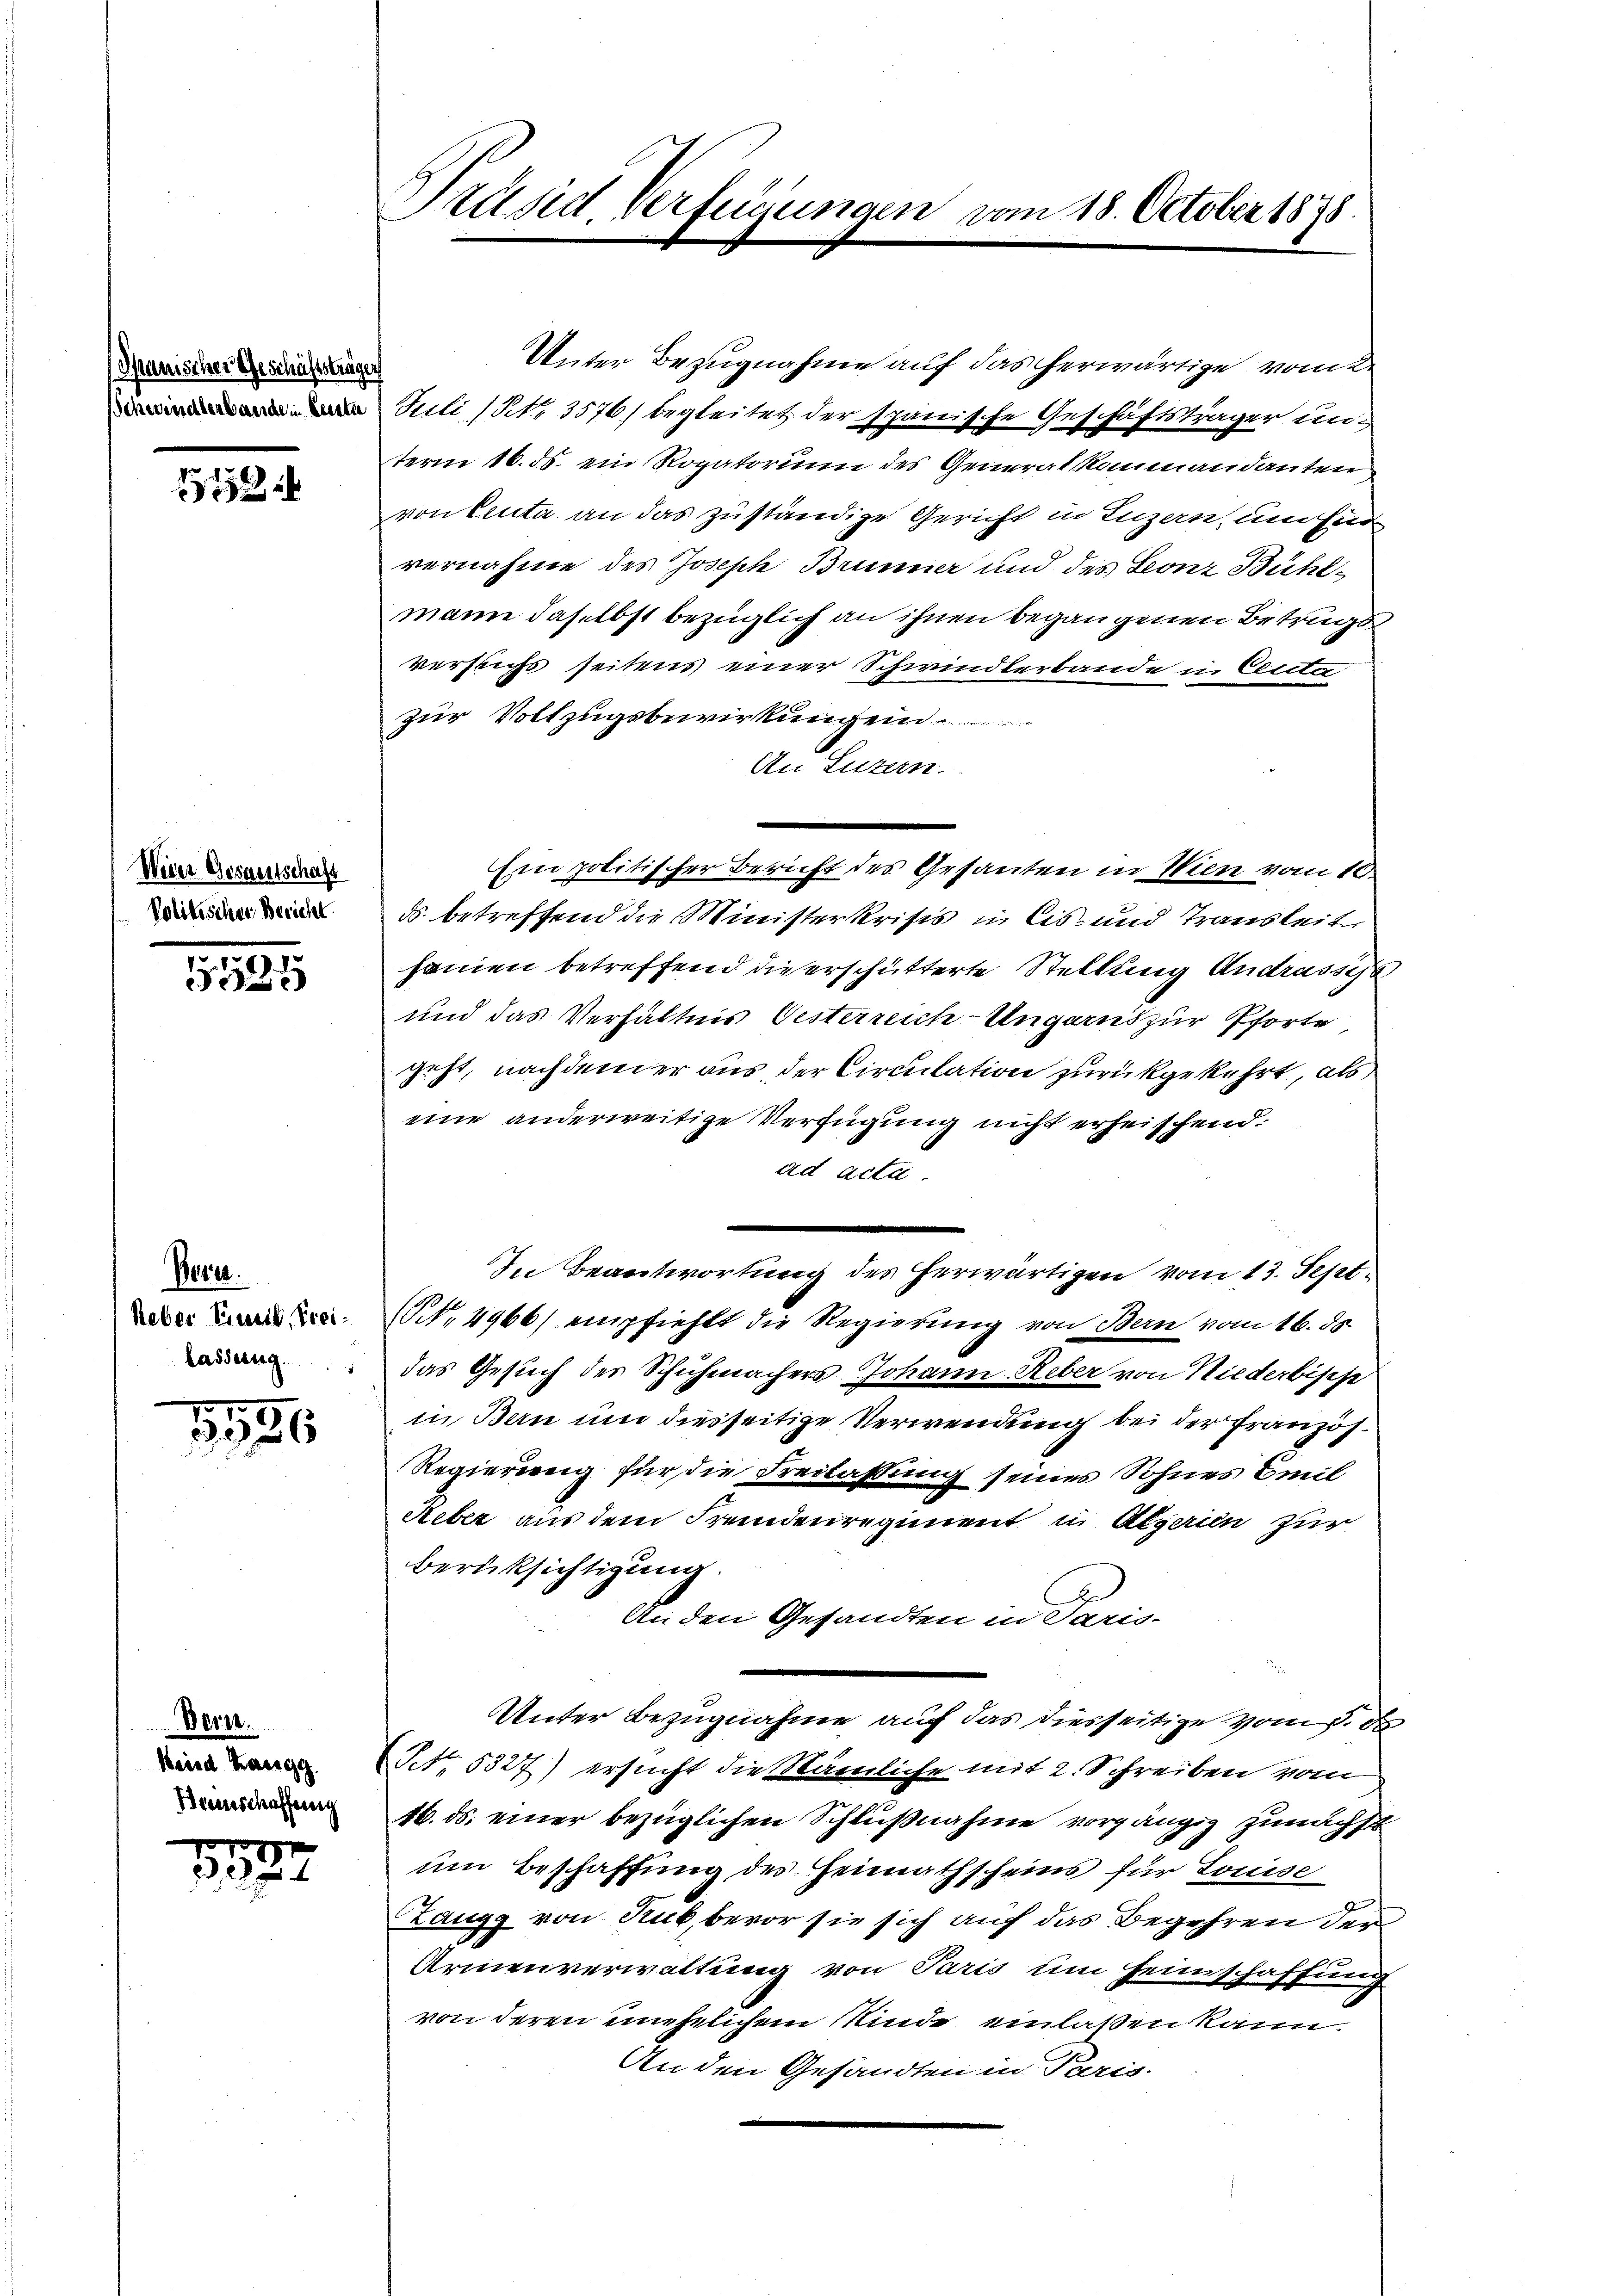
Spanischer Geschäftsträge

1

Wiene Gesantschaft
Politischer Bericht

1527

Bere
heber Einrit, Frei¬
Lassertag.

1596

Bern.
Keind Kassag
Beeinschaffung

1577

Präsid. Verfügungen vom 18. October 1878.

Unter Bezugnahme auf das herwärtige vom 2.
 Juli (S. 3576) begleitet der spanische Geschäftsträger un-
term 16. ds. ein Rogatorium des Generalkommandanten
von Einta an das zuständige Gericht in Luzern, um sind
vernahme des Joseph Brünner und des Leonz Bühlmann daselbst bezüglich an ihnen begangenen Betrugs
versicht seitens einer Schwindlerbande in Cita
zur Vollzugsbewirkungen.
An Luzern.
ds. betreffend die Ministerkrises in bis- und Transleit
hanien betreffend die erschütterte Stelllung Andrasses
und das Verhältnis Oesterreich-Ungarns zur Pforte
geht, nachdener aus, der Circulation zurückgekehrt, als
eine anderweitige Verfügung nicht erheischend.
ad acta.
e
In Beantwortung des herwärtigen vom 13. Sept.
(Nr. 4966) empfiehlt die Regierŭng von Bern vom 16. ds.
das Gesuch der Schuhmachers Johann Reber von Niederbisch
in Bern und diesseitige Verwendung bei der Französ¬
Regierung für die Freilassung seiner Sohnes Emil
Reber aus dem Fremdenregiment in Algerien zur
Berücksichtigung.
An den Gesandten in Paris-
Unter Bezugnahme auf das diesseitige vom p. da
Pct. 5327) ersucht die Mämliche mit 2. Schreiben vom
16. ds. einer bezüglichen Schlußnahme vorgängig zunächst
um Beschaffung des Heimathscheins für Louise
Zangg von Rub, bevor sie sich auf das Begehren den
Arienverwaltung von Paris um Heimschaffung
von deren unehelichem Minde einlaßen kann.
An den Gesandten in Paris.

Ein politischer Bericht des Gesanten in Wien vom 10.